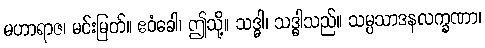
မဟာရာဇ၊ မင်းမြတ်။ ဧဝံခေါ၊ ဤသို့။ သဒ္ဓါ၊ သဒ္ဓါသည်။ သမ္ပသာဒနလက္ခဏာ၊